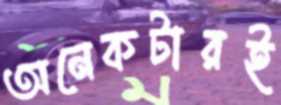
অনেকটারই